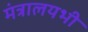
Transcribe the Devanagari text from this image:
मंत्रालयभी